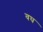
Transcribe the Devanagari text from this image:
वघ